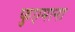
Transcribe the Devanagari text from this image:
फुएमाना